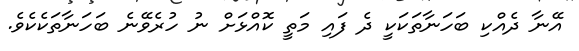
އޭނާ ދެއްކި ބަހަނާތަކަކީ ދެ ފައި މަތީ ކޮއްޅަށް ނު ހުރެވޭނެ ބަހަނާތަކެކެވެ.